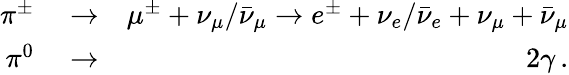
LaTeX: \begin{array}{rlr}{\pi^{\pm}}&{{}\rightarrow}&{\mu^{\pm}+\nu_{\mu}/\bar{\nu}_{\mu}\rightarrow e^{\pm}+\nu_{e}/\bar{\nu}_{e}+\nu_{\mu}+\bar{\nu}_{\mu}}\\ {\pi^{0}}&{{}\rightarrow}&{2\gamma\, .}\end{array}